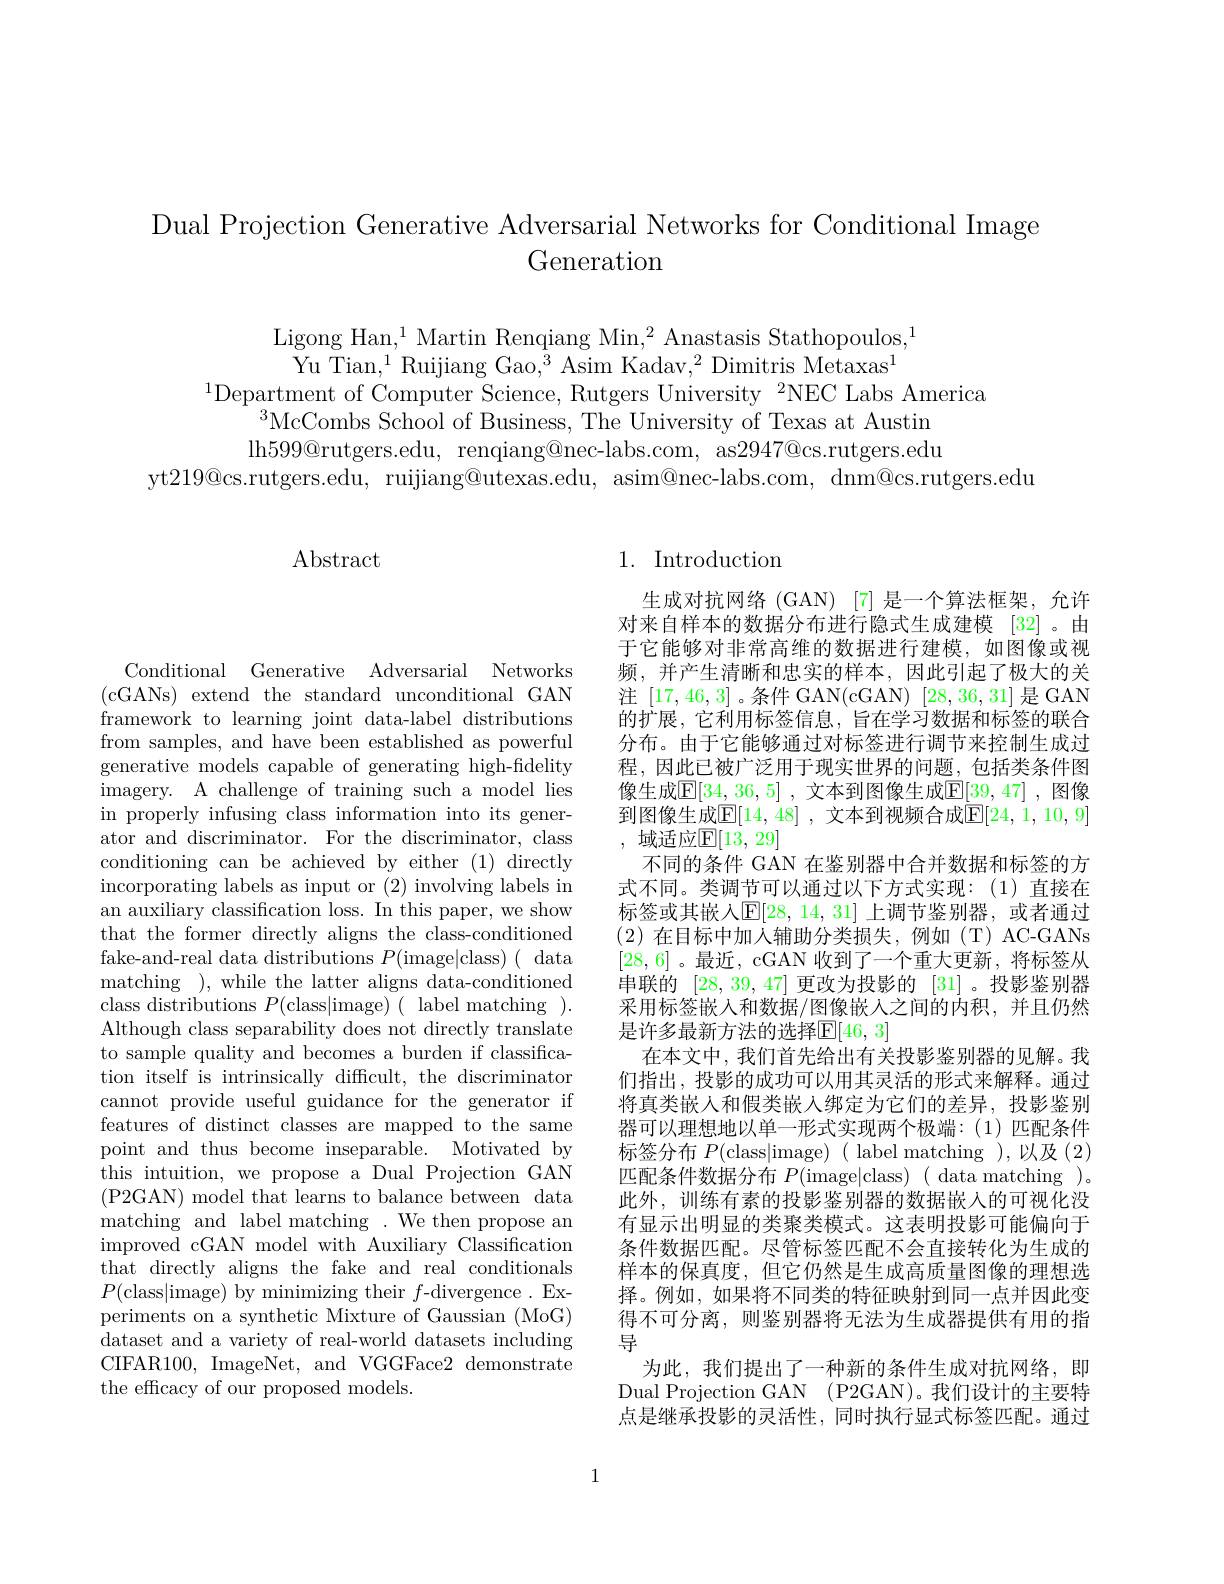
Dual Projection Generative Adversarial Networks for Conditional Image
Generation

Ligong Han,$^1$ Martin Renqiang Min,$^2$ Anastasis Stathopoulos,$^1$
Yu Tian,$^1$Ruijiang Gao,$^3$Asim Kadav,$^2$Dimitris Metaxas$^1$
$^{1}$Department of Computer Science, Rutgers University $^2$NEC Labs America
$^{3}\tilde{\text{McCombs School of Business, The University of Texas at Austin}}$ lh599@ rutgers. edu, renqiang@ nec- labs. com, as2947@ cs. rutgers. edu
yt$219@$cs.rutgers.edu, ruijiang@utexas.edu, asim@nec-labs.com, dnm@cs.rutgers.edu

$\operatorname{Abstract}$

## 1. Introduction

生成对抗网络(GAN)[7]是一个算法框架，允许对来自样本的数据分布进行隐式生成建模 [32]。由于它能够对非常高维的数据进行建模，如图像或视频，并产生清晰和忠实的样本，因此引起了极大的关注 [17,46,3]。条件 GAN(cGAN)[28,36,31]是 GAN 的扩展，它利用标签信息，旨在学习数据和标签的联合分布。由于它能够通过对标签进行调节来控制生成过程，因此已被广泛用于现实世界的问题，包括类条件图像生成$\mathbb{E}[34,36,5]$ ,文本到图像生成$\mathbb{E}[39,47]$ ,图像到图像生成$\mathbb{E}[14,48]$ ,文本到视频合成$\mathbb{E}[24,1,10,9]$ , 域适应$\mathbb{E}[13,29]$
不同的条件 GAN 在鉴别器中合并数据和标签的方式不同。类调节可以通过以下方式实现：(1)直接在标签或其嵌人$\mathbb{E}[28,14,31]$ 上调节鉴别器，或者通过(2)在目标中加入辅助分类损失，例如(T)AC-GANs [28,6] 。最近，cGAN 收到了一个重大更新，将标签从串联的[28,39,47]更改为投影的[31] 。投影鉴别器采用标签嵌入和数据/图像嵌人之间的内积，并且仍然是许多最新方法的选择E[46,3]
在本文中，我们首先给出有关投影鉴别器的见解。我们指出，投影的成功可以用其灵活的形式来解释。通过将真类嵌入和假类嵌入绑定为它们的差异，投影鉴别器可以理想地以单一形式实现两个极端：(1)匹配条件标签分布 $P($class|image)( label matching ),以及(2) 匹配条件数据分布$P($image|class)( data matching )。此外，训练有素的投影鉴别器的数据嵌入的可视化没有显示出明显的类聚类模式。这表明投影可能偏向于条件数据匹配。尽管标签匹配不会直接转化为生成的样本的保真度，但它仍然是生成高质量图像的理想选择。例如，如果将不同类的特征映射到同一点并因此变得不可分离，则鉴别器将无法为生成器提供有用的指导
为此，我们提出了一种新的条件生成对抗网络，即Dual Projection GAN (P2GAN)。我们设计的主要特点是继承投影的灵活性，同时执行显式标签匹配。通过

Conditional Generative Adversarial Networks (cGANs) extend the standard unconditional GAN framework to learning joint data-label distributions from samples, and have been established as powerful generative models capable of generating high-fidelity ${\mathrm{imagery.~A~challenge~of~training~such~a~model~lies}}$ in properly infusing class information into its generator and discriminator. For the discriminator, class conditioning can be achieved by either (1) directly incorporating labels as input or (2) involving labels in an auxiliary classification loss. In this paper, we show that the former directly aligns the class-conditioned fake-and-real data distributions $P($image|class)(data matching ), while the latter aligns data-conditioned class distributions $P($class|image)( label matching ). Although class separability does not directly translate to sample quality and becomes a burden if classification itself is intrinsically difficult, the discriminator cannot provide useful guidance for the generator if features of distinct classes are mapped to the same point and thus become inseparable. Motivated by this intuition, we propose a Dual Projection GAN (P2GAN) model that learns to balance between data matching and label matching . We then propose an improved cGAN model with Auxiliary Classification that directly aligns the fake and real conditionals $P($class|image) by minimizing their $f$-divergence. Experiments on a synthetic Mixture of Gaussian (MoG) dataset and a variety of real-world datasets including CIFAR100, ImageNet, and VGGFace2 demonstrate the efficacy of our proposed models.

1